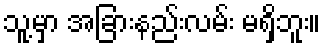
သူ့မှာ အခြားနည်းလမ်း မရှိဘူး။